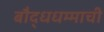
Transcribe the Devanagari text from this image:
बौद्धधम्माची